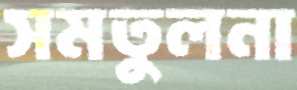
সমতুলনা